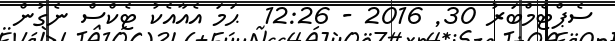
ސެޕްޓެމްބަރު 30